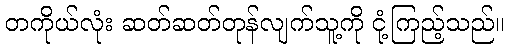
တကိုယ်လုံး ဆတ်ဆတ်တုန်လျက်သူ့ကို ငုံ့ကြည့်သည်။